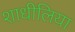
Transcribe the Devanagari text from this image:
शाधीलिया